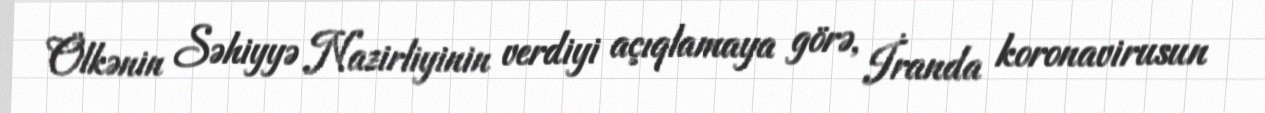
Ölkənin Səhiyyə Nazirliyinin verdiyi açıqlamaya görə, İranda koronavirusun